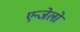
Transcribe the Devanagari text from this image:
एन्जेलो